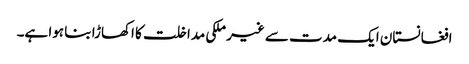
افغانستان ایک مدت سے غیر ملکی مداخلت کا اکھاڑا بنا ہوا ہے۔